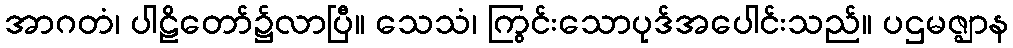
အာဂတံ၊ ပါဠိတော်၌လာပြီ။ သေသံ၊ ကြွင်းသောပုဒ်အပေါင်းသည်။ ပဌမဇ္ဈာန